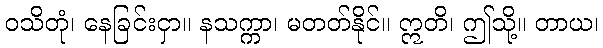
ဝသိတုံ၊ နေခြင်းငှာ။ နသက္ကာ၊ မတတ်နိုင်။ ဣတိ၊ ဤသို့။ တာယ၊